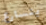
يتسارع